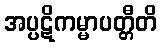
အပ္ပဋိကမ္မာပတ္တီတိ